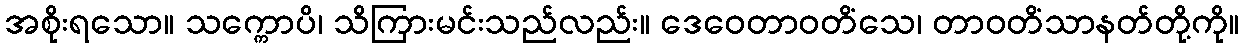
အစိုးရသော။ သက္ကောပိ၊ သိကြားမင်းသည်လည်း။ ဒေဝေတာဝတိံသေ၊ တာဝတိံသာနတ်တို့ကို။